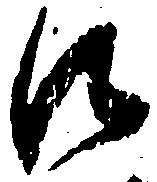
に